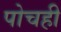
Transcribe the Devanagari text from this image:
पोचही